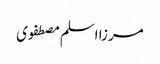
مرزا اسلم مصطفوی